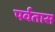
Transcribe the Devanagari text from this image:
पर्वतास